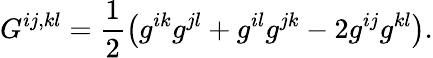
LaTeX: G^{ij,kl}=\frac{1}{2}\left(g^{ik}g^{jl}+g^{il}g^{jk}-2g^{ij}g^{kl}\right).